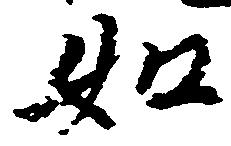
如